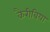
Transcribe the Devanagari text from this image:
कैरीबिया